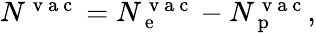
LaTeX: \begin{array}{r}{N^{\mathrm{~v~a~c~}}=N_{\mathrm{~e~}}^{\mathrm{~v~a~c~}}-N_{\mathrm{~p~}}^{\mathrm{~v~a~c~}},}\end{array}